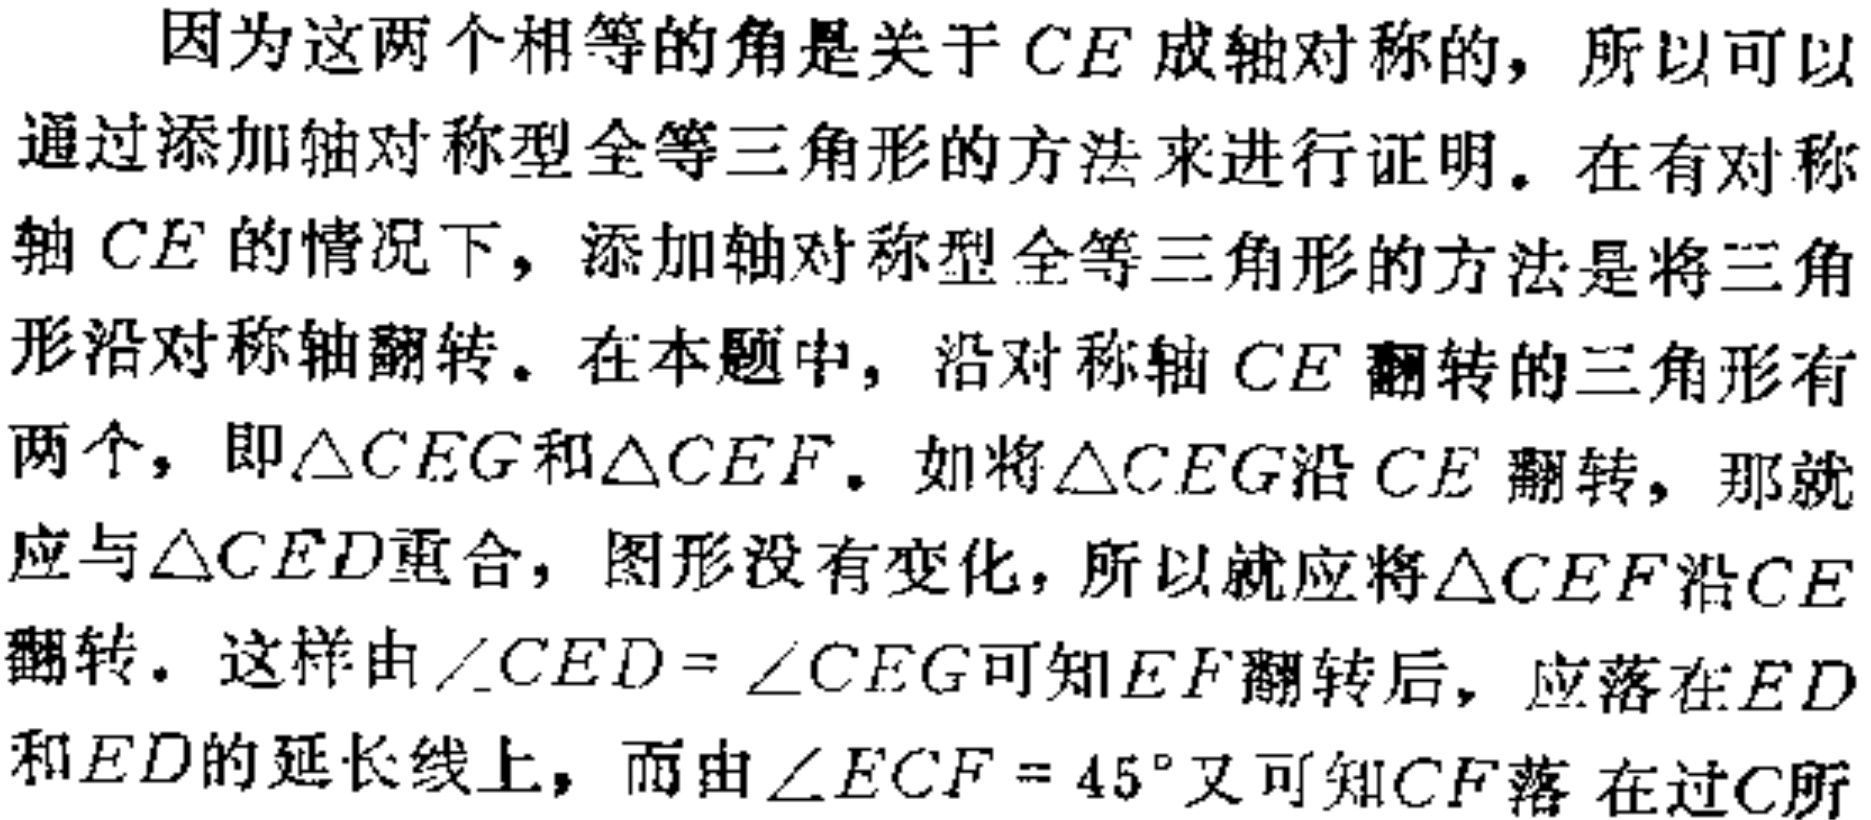
因为这两个相等的角是关于\(CE\)成轴对称的，所以可以通过添加轴对称型全等三角形的方法来进行证明。在有对称轴\(CE\)的情况下，添加轴对称型全等三角形的方法是将三角形沿对称轴翻转。在本题中，沿对称轴\(CE\)翻转的三角形有两个，即\(\triangle CEG\)和\(\triangle CEF\)。如将\(\triangle CEG\)沿\(CE\)翻转，那就应与\(\triangle CED\)重合，图形没有变化，所以就应将\(\triangle CEF\)沿\(CE\)翻转。这样由\(\angle CED = \angle CEG\)可知\(EF\)翻转后，应落在\(ED\)和\(ED\)的延长线上，而由\(\angle ECF = 45^{\circ}\)又可知\(CF\)落在过\(C\)所